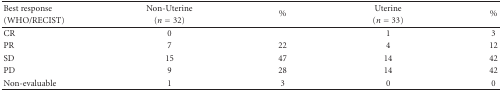
<table><thead><tr><td><b>Best response</b></td><td><b>Non-Uterine</b></td><td rowspan="2"><b>%</b></td><td><b>Uterine</b></td><td rowspan="2"><b>%</b></td></tr><tr><td><b>(WHO/RECIST)</b></td><td><b>(<i>n</i> = 32)</b></td><td><b>(<i>n</i> = 33)</b></td></tr></thead><tbody><tr><td>CR</td><td>0</td><td></td><td>1</td><td>3</td></tr><tr><td>PR</td><td>7</td><td>22</td><td>4</td><td>12</td></tr><tr><td>SD</td><td>15</td><td>47</td><td>14</td><td>42</td></tr><tr><td>PD</td><td>9</td><td>28</td><td>14</td><td>42</td></tr><tr><td>Non-evaluable</td><td>1</td><td>3</td><td>0</td><td>0</td></tr></tbody></table>